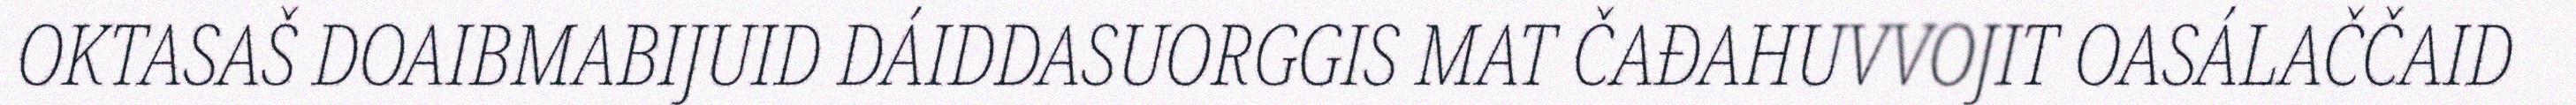
OKTASAŠ DOAIBMABIJUID DÁIDDASUORGGIS MAT ČAĐAHUVVOJIT OASÁLAČČAID